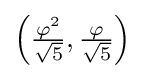
\left({\tfrac {\varphi ^{2}}{\sqrt {5}}},{\tfrac {\varphi }{\sqrt {5}}}\right)